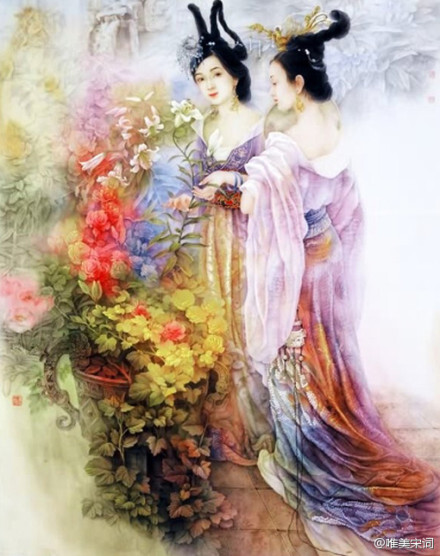
妖娆艳态，妒风笑月，长殢东君。